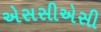
એસસીએસી